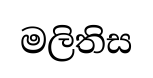
මලිතිස